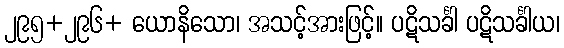
၂၉၅+၂၉၆+ ယောနိသော၊ အသင့်အားဖြင့်။ ပဋိသင်္ခါ ပဋိသင်္ခါယ၊